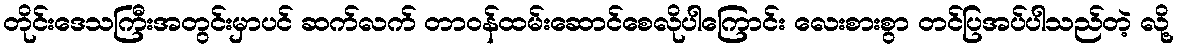
တိုင်းဒေသကြီးအတွင်းမှာပင် ဆက်လက် တာဝန်ထမ်းဆောင်စေလိုပါကြောင်း လေးစားစွာ တင်ပြအပ်ပါသည်တဲ့ လို့